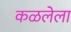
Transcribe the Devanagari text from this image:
कळलेला